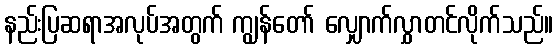
နည်းပြဆရာအလုပ်အတွက် ကျွန်တော် လျှောက်လွှာတင်လိုက်သည်။